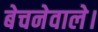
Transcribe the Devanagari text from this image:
बेचनेवाले।